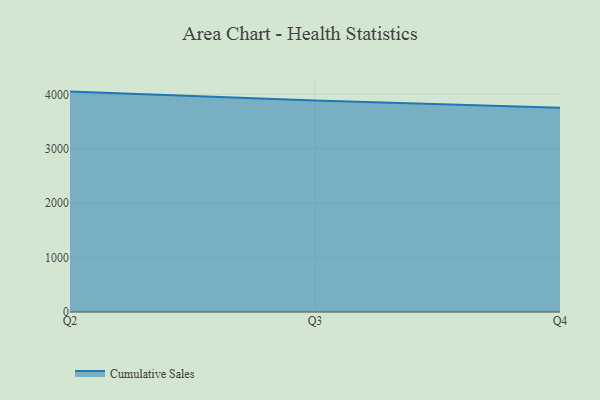
{"axis": {"x": "Quarter", "y": "Revenue (USD Million)"}, "legend": ["Cumulative Sales"], "data": [{"x": "Q2", "y": 4050.3, "type": "Cumulative Sales"}, {"x": "Q3", "y": 3885.3, "type": "Cumulative Sales"}, {"x": "Q4", "y": 3753.1, "type": "Cumulative Sales"}]}